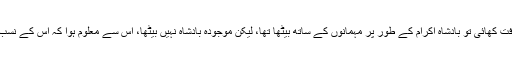
ماضی میں جب والد کے ہمراہ ہم نے بادشاہ کی ضیافت کھائی تو بادشاہ اکرام کے طور پر مہمانوں کے ساتھ بیٹھا تھا، لیکن موجودہ بادشاہ نہیں بیٹھا، اس سے معلوم ہوا کہ اس کے نسب میں خرابی ہے، اور بعد میں اس کی تصدیق ہوگئی۔